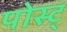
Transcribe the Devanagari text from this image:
पोस्ट्